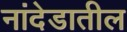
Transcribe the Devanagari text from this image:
नांदेडातील